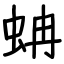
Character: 蚺